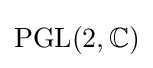
{\text{PGL}}(2,\mathbb {C} )